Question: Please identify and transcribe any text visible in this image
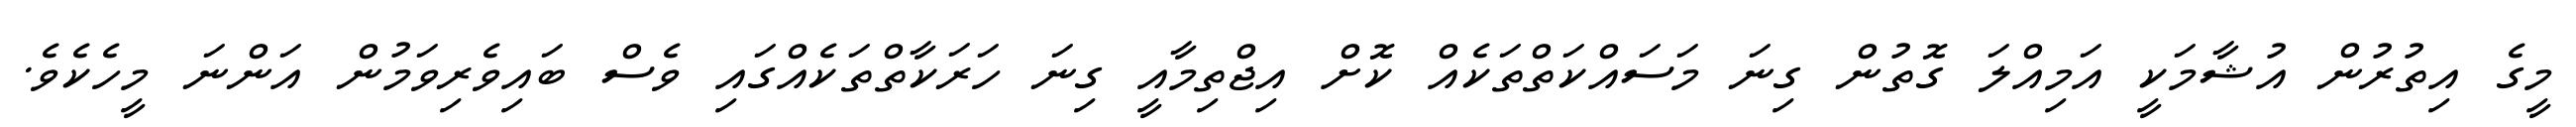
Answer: މީގެ އިތުރުން އުޝާމަކީ އަމިއްލަ ގޮތުން ގިނަ މަސައްކަތްތަކެއް ކޮށް އިޖްތިމާއީ ގިނަ ހަރަކާތްތަކެއްގައި ވެސް ބައިވެރިވަމުން އަންނަ މީހެކެވެ.